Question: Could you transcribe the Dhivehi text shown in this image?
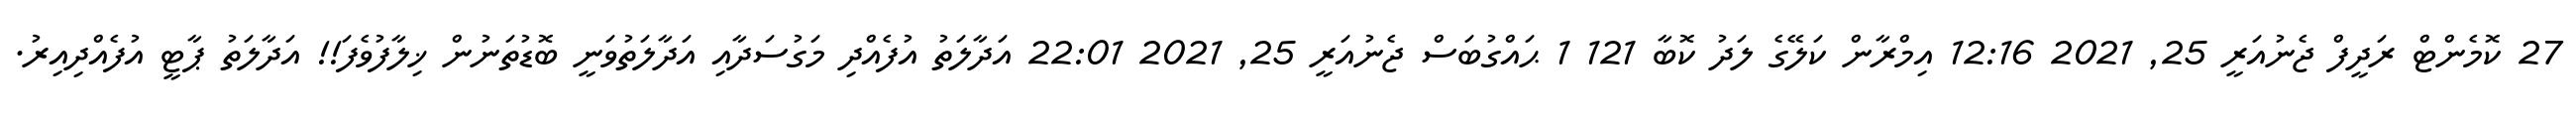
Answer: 27 ކޮމެންޓް ރަދީފް ޖެނުއަރީ 25, 2021 12:16 އިމްރާން ކަލޭގެ ލަދު ކޮބާ 121 1 ޙައްގުބަސް ޖެނުއަރީ 25, 2021 22:01 އަދާލަތު އުފެއްދި މަގުސަދާއި އަދާލަތުވަނީ ބޮޑުތަނުން ޚިލާފުވެފަ!! އަދާލަތު ޕާޓީ އުފެއްދިއިރު.